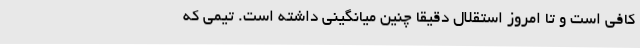
کافی است و تا امروز استقلال دقیقا چنین میانگینی داشته است. تیمی که